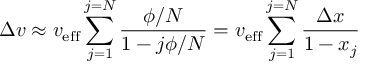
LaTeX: \Delta v \approx v _ { \mathrm { { e f f } } } \sum _ { j = 1 } ^ { j = N } { \frac { \phi / N } { 1 - j \phi / N } } = v _ { \mathrm { { e f f } } } \sum _ { j = 1 } ^ { j = N } { \frac { \Delta x } { 1 - x _ { j } } }